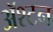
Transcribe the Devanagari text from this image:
ॲश्टन